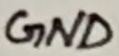
Text: GND